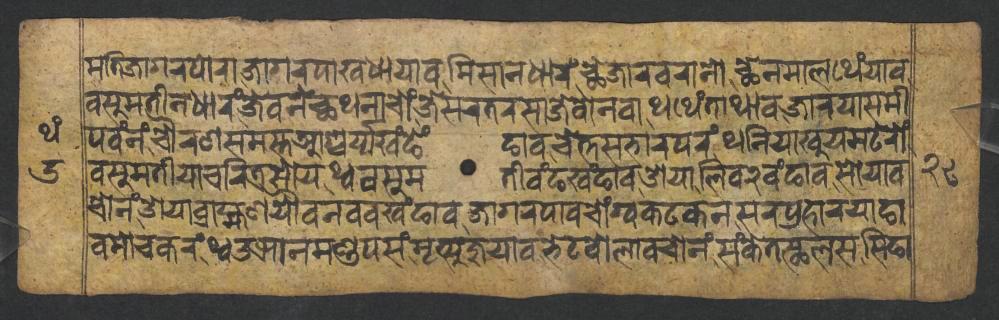
𑐩𑐟𑐶𑐖𑐵𑐐𑐬𑐥𑑀𑐬𑐵𑐖𑐵𑐐𑐬𑐥𑐵𑐏𑐢𑐵𑐫𑐵𑐰𑐩𑐶𑐳𑐵𑐣𑐢𑐵𑐬𑑄𑐕𑐾𑐖𑐵𑐬𑐰𑐬𑐵𑐣𑑀𑐕𑐾𑐣𑐩𑐵𑐮𑐠𑐾𑑄𑐫𑐵𑐰 𑐰𑐳𑐸𑐩𑐟𑐷𑐣𑐢𑐵𑐬𑑄𑐖𑐾𑐰𑐣𑐾𑐕𑐠𑐣𑐵𑐔𑑀𑑄𑐖𑐾𑐳𑐬𑐟𑐬𑐳𑐵𑐖𑐾𑐧𑑀𑐣𑐰𑐵𑐠𑐠𑐾𑑄𑐟𑐵𑐠𑐵𑐰𑐖𑐵𑐬𑐫𑐵𑐳𑐩𑐷 𑐥𑐰𑑄𑐣𑑄𑐔𑑁𑐬𑐞𑐳𑐩𑐳𑑂𑐟𑐁𑐱𑑂𑐔𑐬𑑂𑐫𑑂𑐫𑐏𑑄𑐒𑐾𑑄𑐒𑐵𑐰𑐔𑐾𑐟𑑂𑐟𑐳𑐨𑐵𑐬𑐥𑐬𑑄𑐠𑐣𑐶𑐫𑐵𑐏𑐸𑐫𑐩𑐚𑐾𑐬𑑀𑑄 𑐰𑐳𑐸𑐩𑐟𑐷𑐫𑐵𑐔𑐬𑐶𑐟𑑂𑐬𑐳𑑀𑐫𑐠𑑂𑐰𑐰𑐳𑐸𑐩𑐟𑐷𑐰𑑄𑐒𑐏𑑄𑐒𑐵𑐰𑐌𑐫𑐵𑐮𑐶𑐰𑑒𑐰𑑄𑐒𑐵𑐰𑐳𑑀𑐫𑐵𑐰 𑐔𑑀𑐣𑑄𑐌𑐫𑐵𑐧𑑂𑐬𑐵𑐴𑑂𑐩𑐞𑐫𑑁𑐰𑐣𑐰𑐰𑐏𑑄𑐒𑐵𑐰𑐖𑐵𑐐𑐬𑐥𑐵𑐰𑐔𑑀𑑄𑐐𑑂𑐰𑐎𑐚𑐎𑐣𑐳𑐬𑐥𑑂𑐬𑐴𑐵𑐬𑐫𑐵𑐒𑐵 𑐰𑐩𑑀𑐔𑐎𑐬𑑄𑐠𑑂𑐰𑑁𑐗𑐵𑐣𑐩𑐞𑑂𑐜𑐥𑐳𑑄𑐩𑐺𑐟𑑂𑐫𑐸𑐖𑐸𑐫𑐵𑐰𑐨𑐾𑐚𑐧𑑀𑐮𑐵𑐰𑐔𑑀𑐣𑑄𑐳𑑄𑐎𑐾𑐟𑐳𑑂𑐠𑐮𑐳𑐳𑐶𑐒𑐵